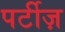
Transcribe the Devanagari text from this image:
पर्टीज़